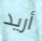
أريد